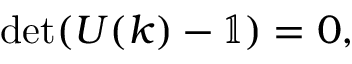
\operatorname* { d e t } ( U ( k ) - \mathbb { 1 } ) = 0 ,